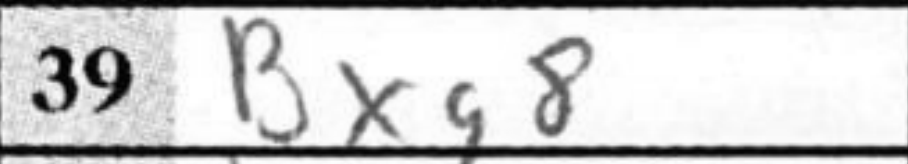
Transcription: Bxg8